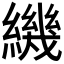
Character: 𬘁